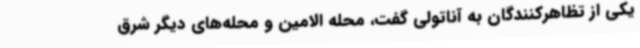
یکی از تظاهرکنندگان به آناتولی گفت، محله الامین و محله‌های دیگر شرق